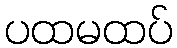
ပထမထပ်